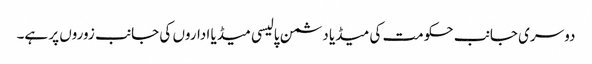
دوسری جانب حکومت کی میڈیا دشمن پالیسی میڈیا اداروں کی جانب زوروں پر ہے۔